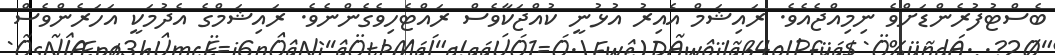
ބެސްޓުފުރެންޑަށްވެ ނިމިއްޖެއެވެ. ރައިޝަމް އެއިރު އުޅުނީ ކުއްޖަކާވެސް ރައްޓެހިވެގެންނެވެ. ރައިޝަމްގެ އެދުމަކީ އަހަރެންވެސް